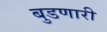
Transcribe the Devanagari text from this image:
बुडणारी